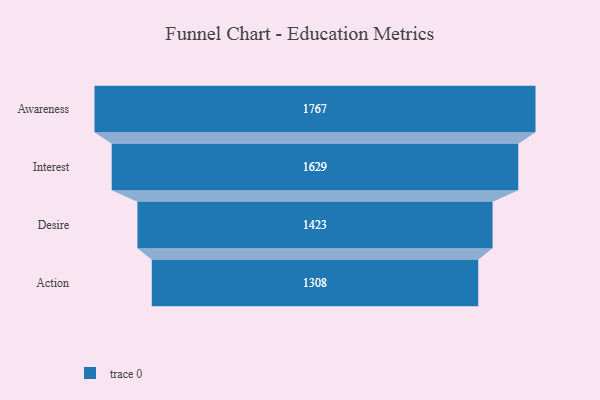
{"axis": {"x": "Stage", "y": "Value"}, "legend": [""], "data": [{"x": "Awareness", "y": 1767.0, "type": ""}, {"x": "Interest", "y": 1629.0, "type": ""}, {"x": "Desire", "y": 1423.0, "type": ""}, {"x": "Action", "y": 1308.0, "type": ""}]}